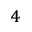
^ { 4 }